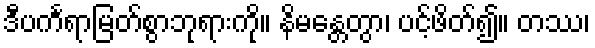
ဒီပင်္ကရာမြတ်စွာဘုရားကို။ နိမန္တေတွာ၊ ပင့်ဖိတ်၍။ တဿ၊